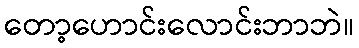
တော့ဟောင်းလောင်းဘာဘဲ။